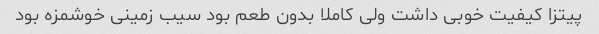
پیتزا کیفیت خوبی داشت ولی کاملا بدون طعم بود سیب زمینی خوشمزه بود